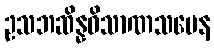
ဥသဘဆိန္နဝိသာဏသမေန